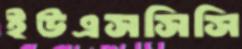
ইউএসসিসি